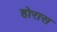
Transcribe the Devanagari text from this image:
होरास